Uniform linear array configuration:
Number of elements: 64
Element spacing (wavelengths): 0.25
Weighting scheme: hann
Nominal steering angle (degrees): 60
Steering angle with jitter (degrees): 59.494
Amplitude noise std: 0.05
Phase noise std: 0.05

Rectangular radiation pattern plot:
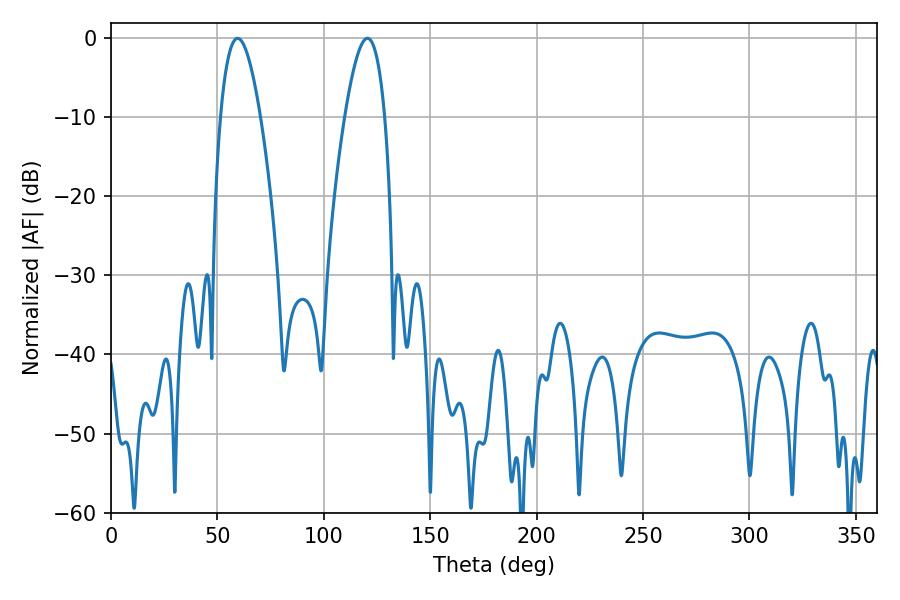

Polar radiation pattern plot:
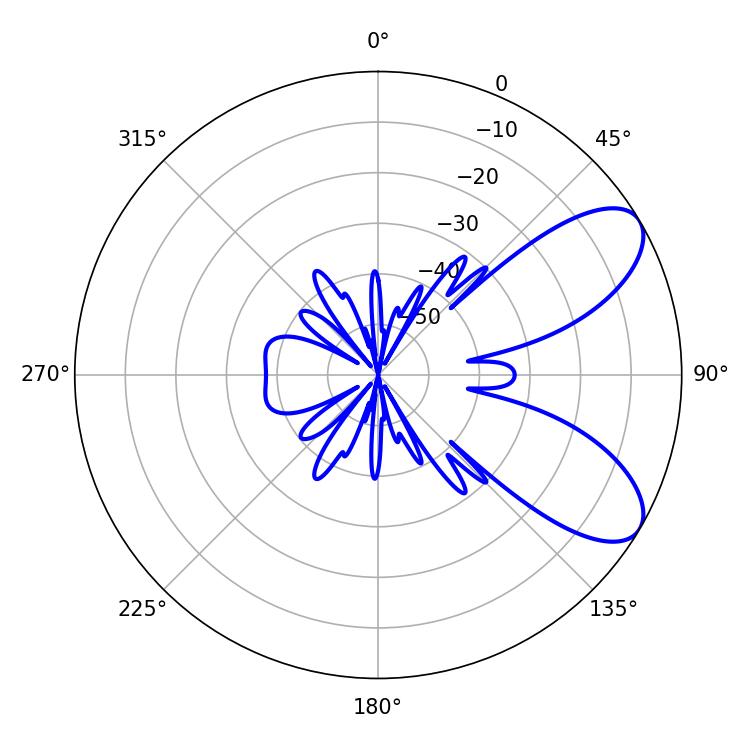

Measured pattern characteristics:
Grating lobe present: FALSE
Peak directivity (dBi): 7.764
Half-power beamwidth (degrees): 10.26
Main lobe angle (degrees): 59.58